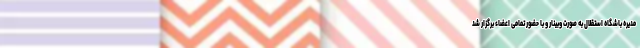
مدیره باشگاه استقلال به صورت وبینار و با حضور تمامی اعضاء برگزار شد